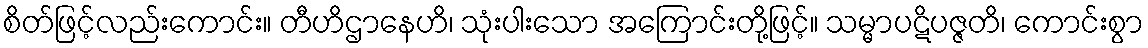
စိတ်ဖြင့်လည်းကောင်း။ တီဟိဌာနေဟိ၊ သုံးပါးသော အကြောင်းတို့ဖြင့်။ သမ္မာပဋိပဇ္ဇတိ၊ ကောင်းစွာ